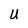
Character: U